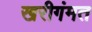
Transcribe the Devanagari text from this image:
खरीगंमत